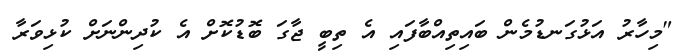
"މިހާރު އަޅުގަނޑުމެން ބައިތިއްބާފައި އެ ތިބީ ޖާގަ ބޮޑުކޮށް އެ ކުދިންނަށް ކުޅިވަރާ